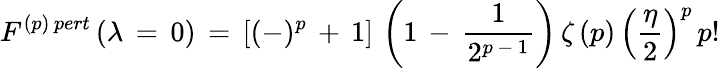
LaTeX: F^{(p)\, pert}\, (\lambda\, =\, 0)\, =\, [(-)^{p}\, +\, 1]\, \left(1\, -\, \frac{1}{2^{p\, -\, 1}}\right)\, \zeta\, (p)\, \left(\frac{\eta}{2}\right)^{p}\, p!